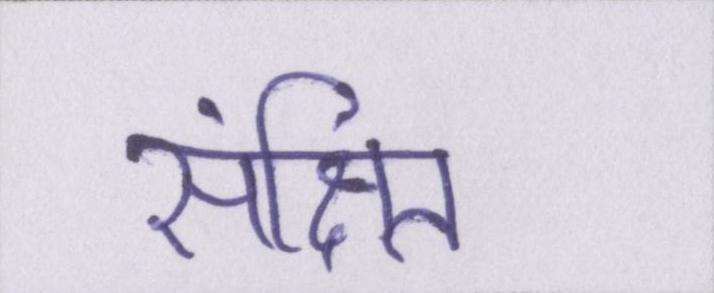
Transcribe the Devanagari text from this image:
संक्षित